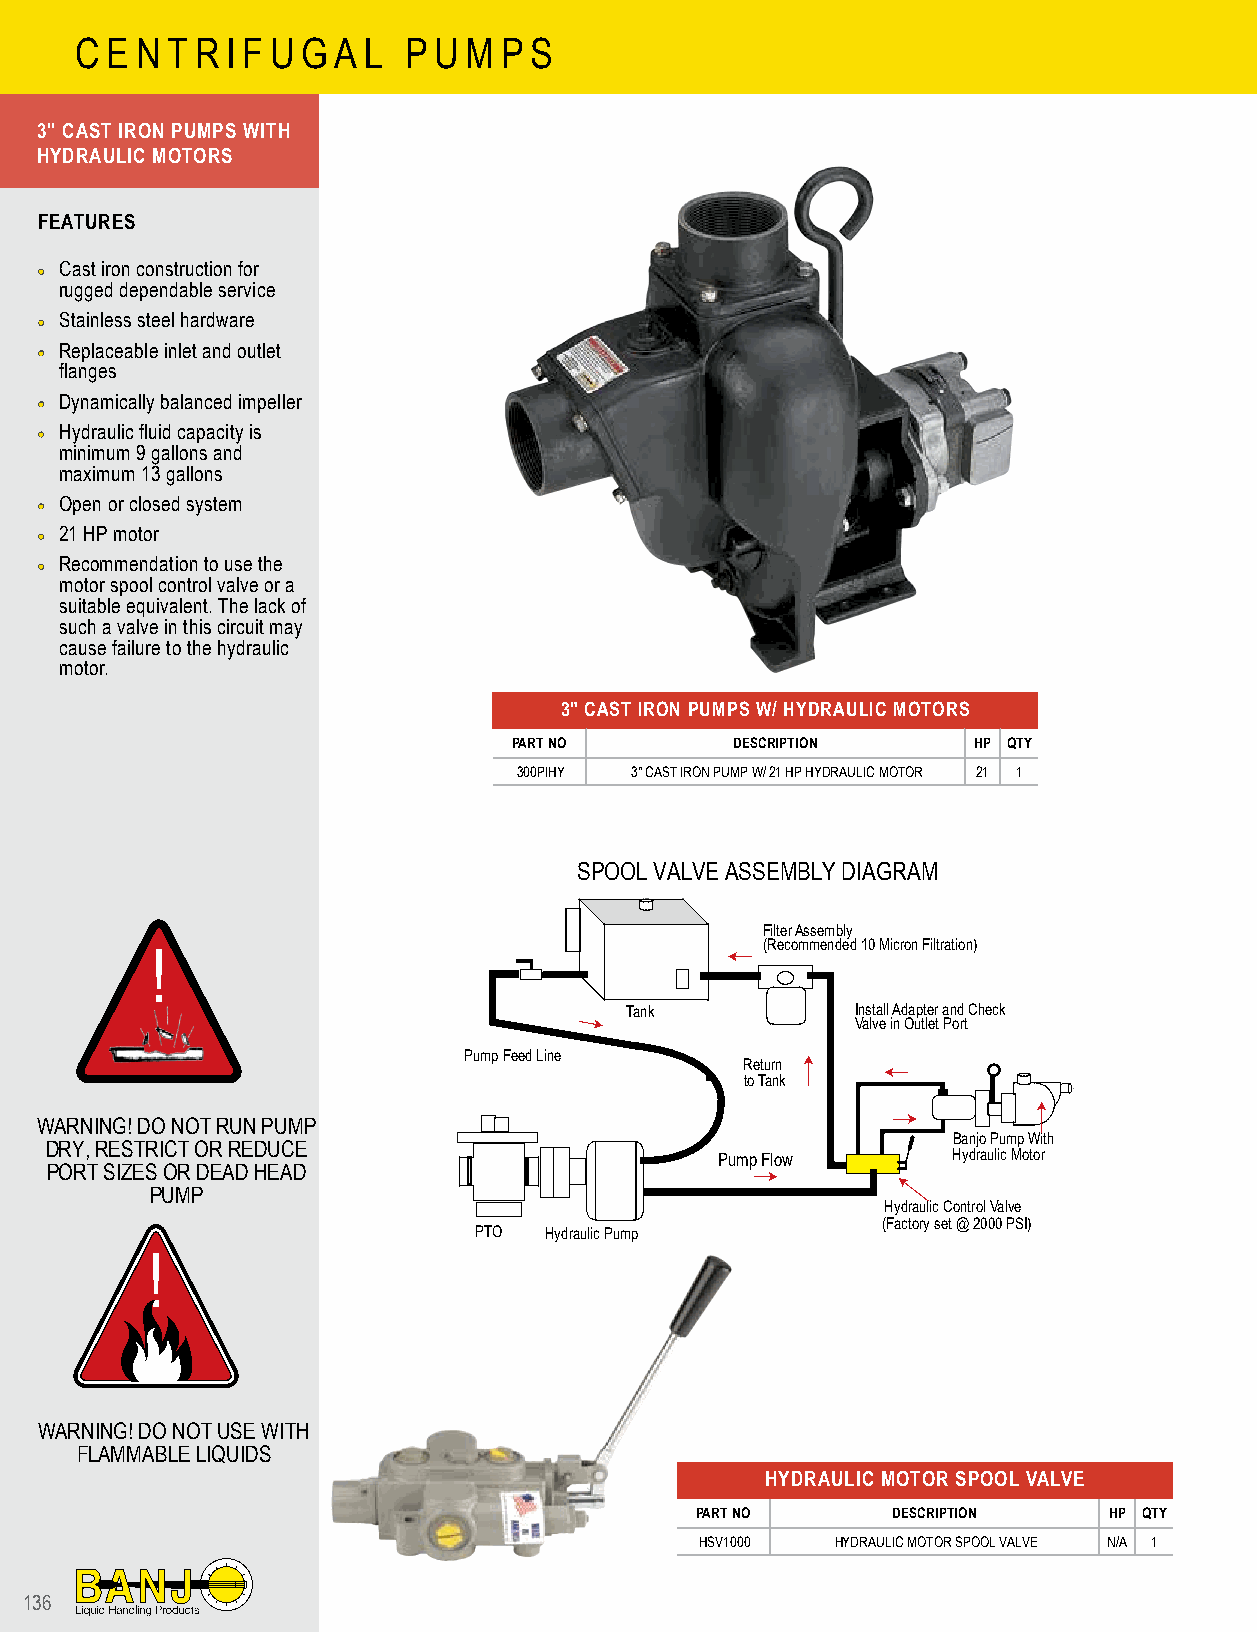
C E N T R I F U G A L P U M P S
 3" CAST IRON PUMPS WITH
 HYDRAULIC MOTORS
 FEATURES
 •• Cast iron construction for
 rugged dependable service
 •• Stainless steel hardware
 •• Replaceable inlet and outlet
 flanges
 •• Dynamically balanced impeller
 •• Hydraulic fluid capacity is
 minimum 9 gallons and
 maximum 13 gallons
 •• Open or closed system
 •• 21 HP motor
 •• Recommendation to use the
 motor spool control valve or a
 suitable equivalent. The lack of
 such a valve in this circuit may
 cause failure to the hydraulic
 motor.
 3" CAST IRON PUMPS W/ HYDRAULIC MOTORS
 PART NO        DESCRIPTION    HP QTY
 300PIHY 3" CAST IRON PUMP W/ 21 HP HYDRAULIC MOTOR 21 1
 SPOOL VALVE ASSEMBLY DIAGRAM
 Filter Assembly
 (Recommended 10 Micron Filtration)
 !
 Tank            Install Adapter and Check
 Valve in Outlet Port
 Pump Feed Line
 Return
 to Tank
 WARNING! DO NOT RUN PUMP
 Banjo Pump With
 DRY, RESTRICT OR REDUCE
 Pump Flow       Hydraulic Motor
 PORT SIZES OR DEAD HEAD
 PUMP
 Hydraulic Control Valve
 (Factory set @ 2000 PSI)
 PTO  Hydraulic Pump
 !
 WARNING! DO NOT USE WITH
 FLAMMABLE LIQUIDS
 HYDRAULIC MOTOR SPOOL VALVE
 PART NO      DESCRIPTION   HP QTY
 HSV1000  HYDRAULIC MOTOR SPOOL VALVE N/A 1
 136